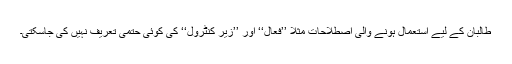
طالبان کے لیے استعمال ہونے والی اصطلاحات مثلاً ’’فعال‘‘ اور ’’زیر کنٹرول‘‘ کی کوئی حتمی تعریف نہیں کی جاسکتی۔